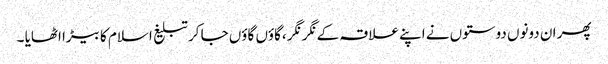
پھر ان دونوں دوستوں نے اپنے علاقہ کے نگر نگر ،گاؤں گاؤں جا کر تبلیغ اسلام کا بیڑا اٹھایا ۔